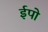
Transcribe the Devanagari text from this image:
ईपो